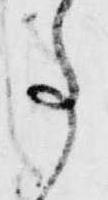
事